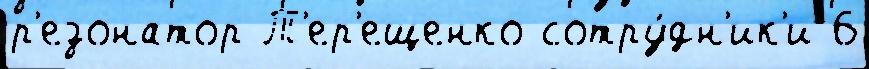
р'езонатор Т'ер'ещенко сотру́дн'ик'и 6